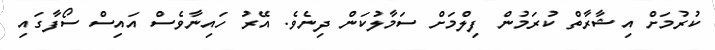
ކުރުމަށް އިޝާރާތް ކުރަމުން ފިލްމަށް ސަމާލުކަން ދިނެވެ. އޭރު ހައިނާވެސް އައިސް ސޯފާގައި